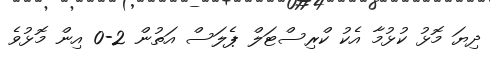
ދިޔަ މޮޅު ކުޅުމާ އެކު ކްރިސްޓަލް ޕެލަސް އަތުން 2-0 އިން މޮޅުވެ